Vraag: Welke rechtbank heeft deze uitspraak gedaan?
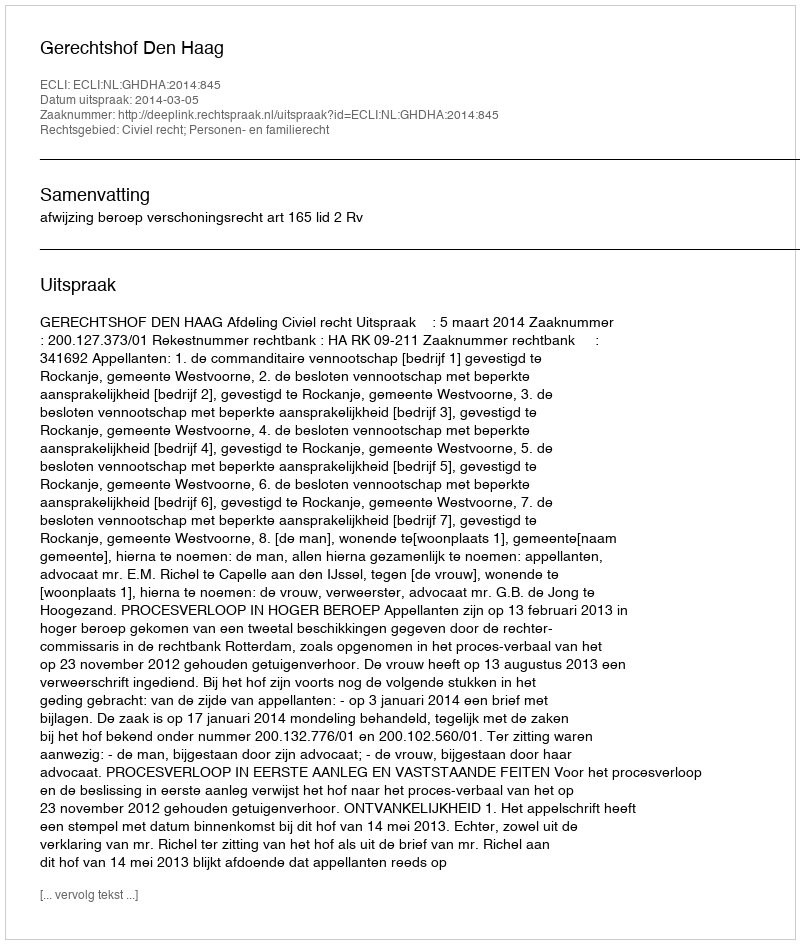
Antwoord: Gerechtshof Den Haag